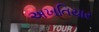
અખતિયાર